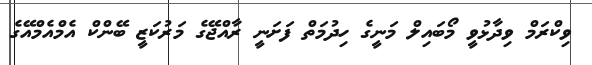
ވިކްރަމް ވިދާޅުވީ މޯބައިލް މަނީގެ ހިދުމަތް ފަށަނީ ރާއްޖޭގެ މަރުކަޒީ ބޭންކް އެމްއެމްއޭގެ